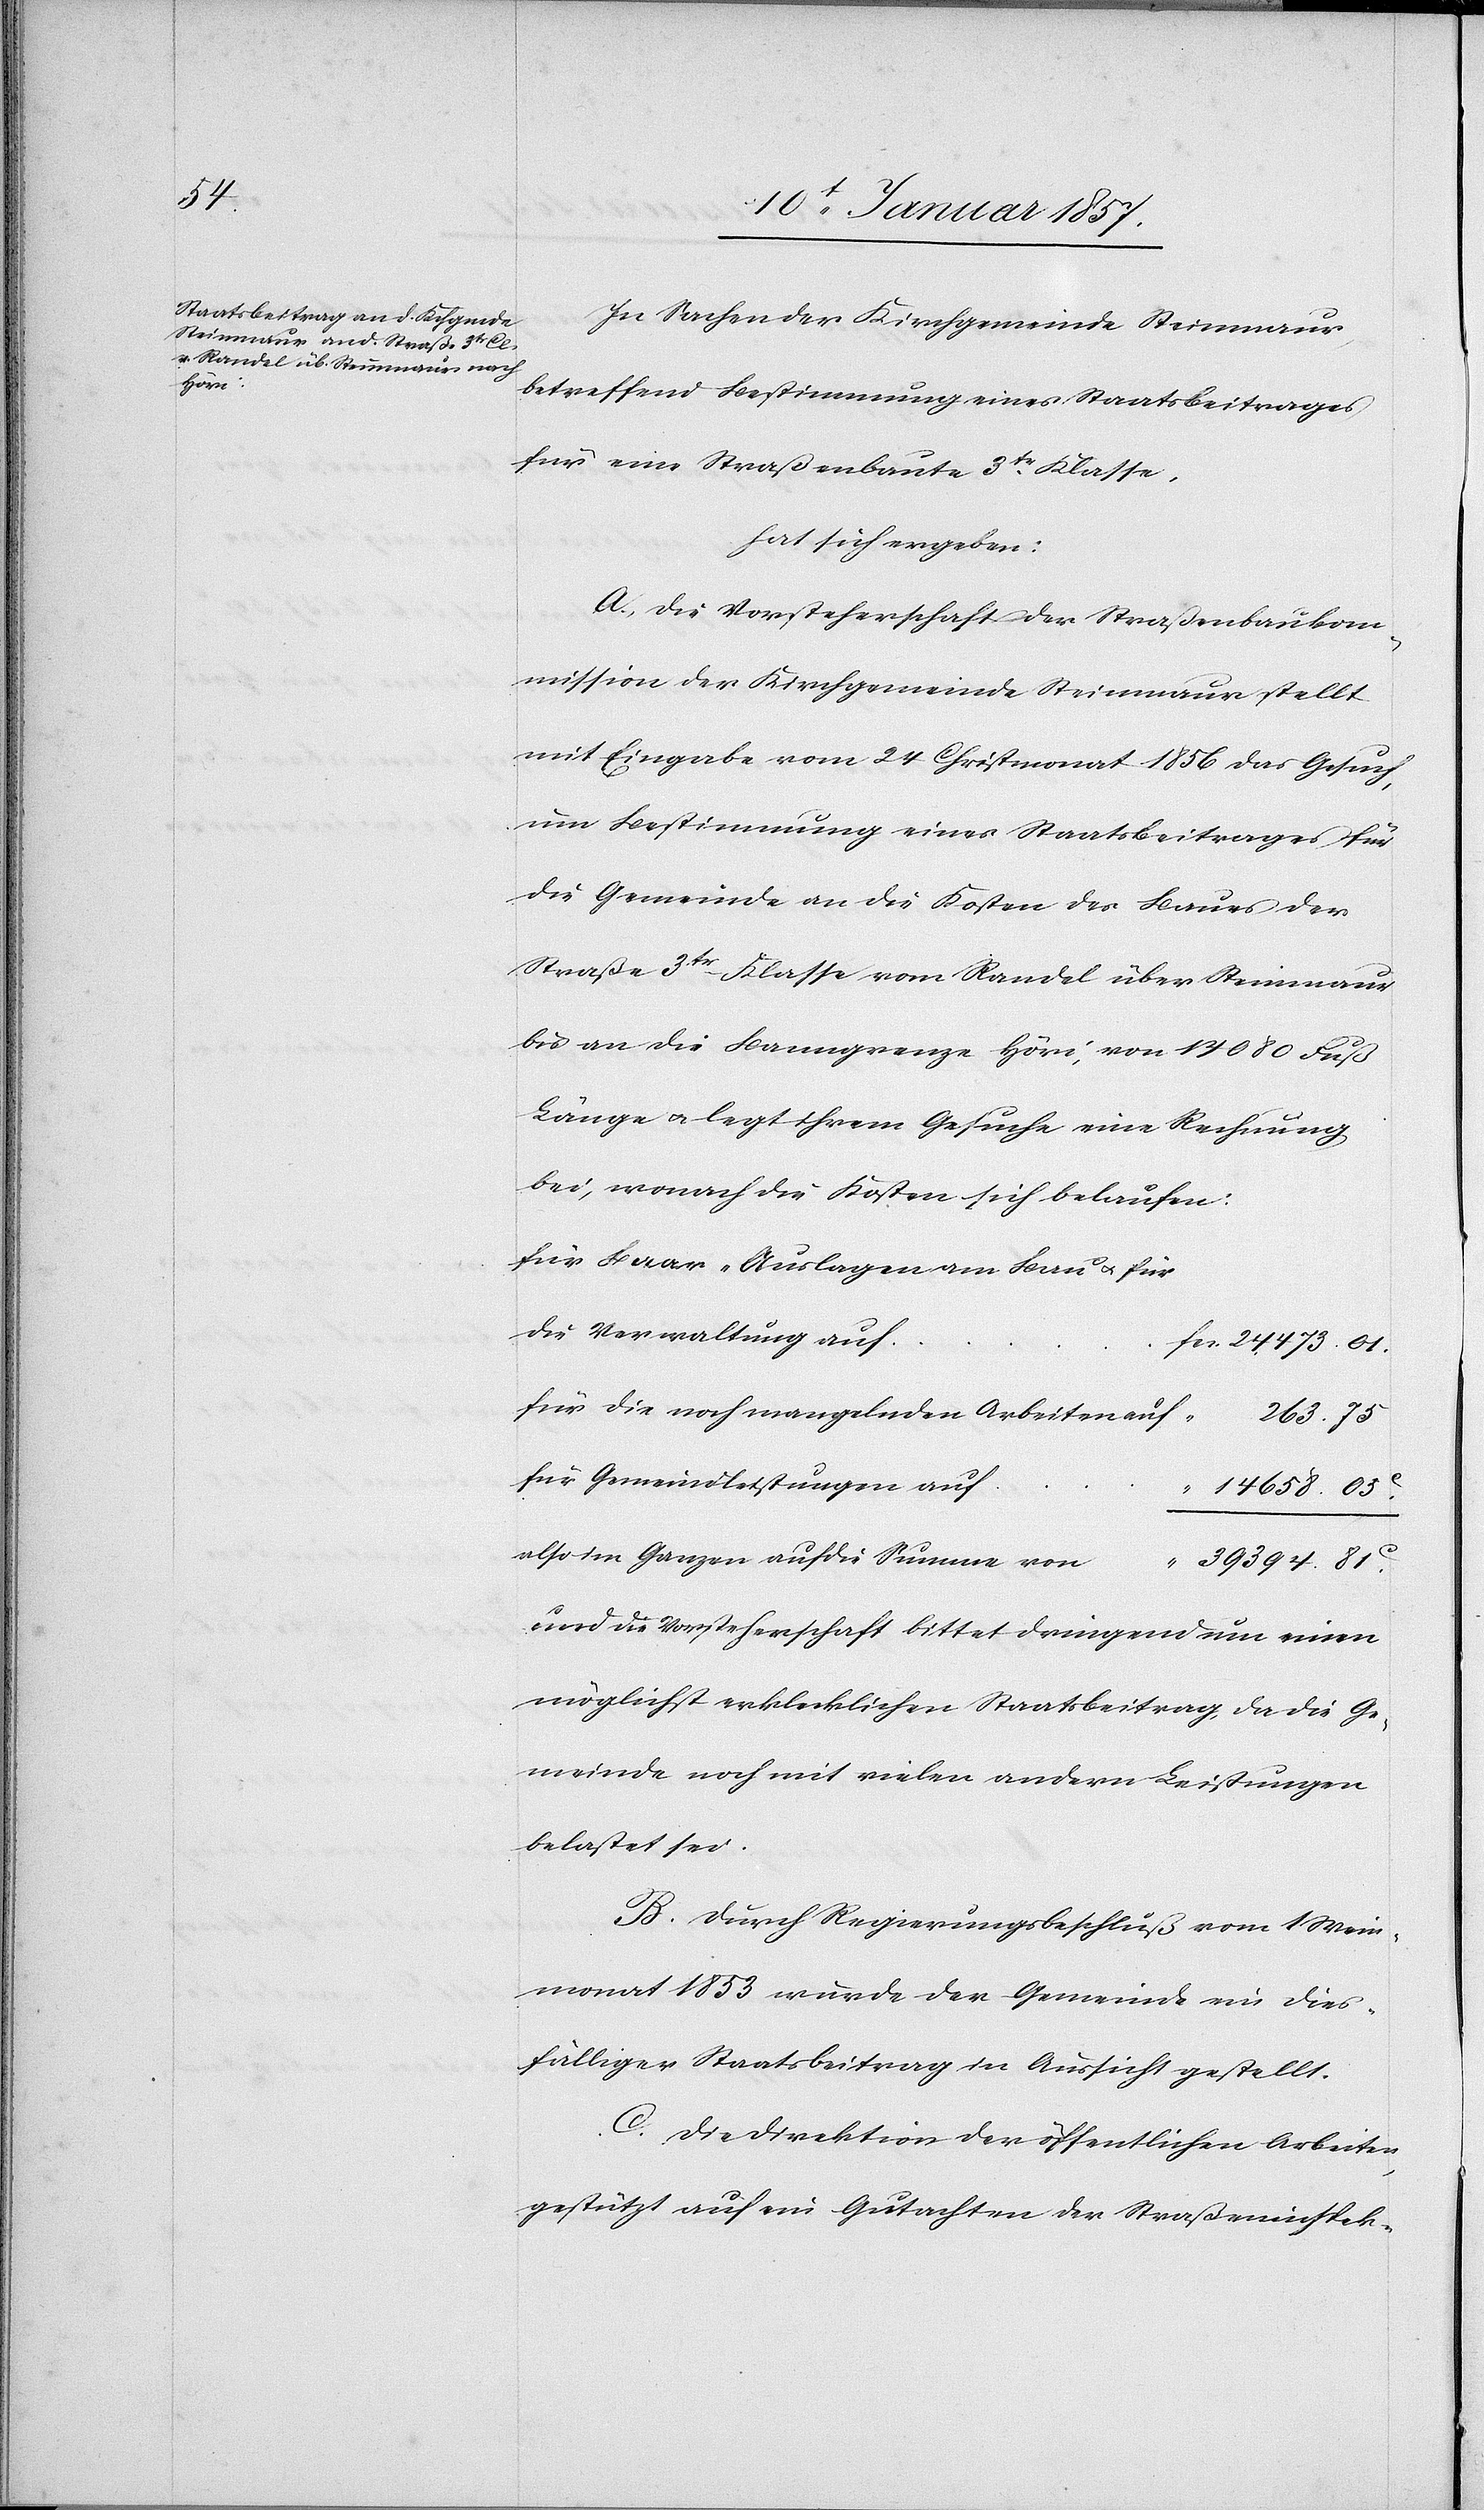
394.

In Sachen der Kirchgemeinde Steinmaur
betreffend Bestimmung eines Staatsbeitrages
für eine Straßenbaute 3tr Klasse,
hat sich ergeben:
A. Die Vorsteherschaft der Straßenbaukom¬
mission der Kirchgemeinde Steinmaur stellt
mit Eingabe vom 24 Christmonat 1856 das Gesuch,
um Bestimmung eines Staatsbeitrages für
die Gemeinde an die Kosten des Baues der
Straße 3tr Klasse vom Randel über Steinmaur
bis an die Banngrenze Höri, von 14 080 Fuß
Länge u. legt ihrem Gesuche eine Rechnung
bei, wonach die Kosten sich belaufen:
Die Verwaltung auf
für die noch mangelnden Arbeiten auf
für Gemeindleistungen auf
“
14 658.
also im Ganzen auf die Summe von
und die Vorsteherschaft bittet dringend um einen
möglichst erklecklichen Staatsbeitrag, da die Ge¬
meinde noch mit vielen anderen Leistungen
belastet sei.
B. Durch Regierungsbeschuß vom Mai¬
monat 1853 wurde der Gemeinde ein dies¬
fälliger Staatsbeitrag in Aussicht gestellt.
C. Die Direktion der öffentlichen Arbeiten
gestützt auf ein Gutachten der Straßeninspek-